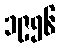
၁၉၅၆